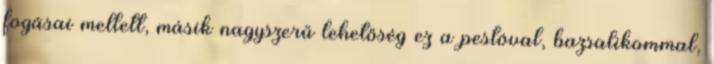
fogásai mellett, másik nagyszerű lehetőség ez a pestóval, bazsalikommal,